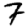
Digit: 7